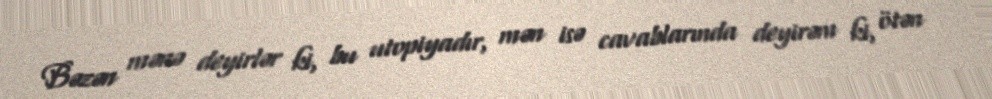
Bəzən mənə deyirlər ki, bu utopiyadır, mən isə cavablarında deyirəm ki, ötən